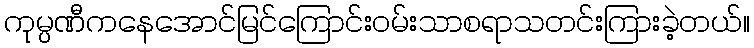
ကုမ္ပဏီကနေအောင်မြင်ကြောင်းဝမ်းသာစရာသတင်းကြားခဲ့တယ်။